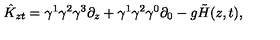
\hat { K } _ { z t } = \gamma ^ { 1 } \gamma ^ { 2 } \gamma ^ { 3 } \partial _ { z } + \gamma ^ { 1 } \gamma ^ { 2 } \gamma ^ { 0 } \partial _ { 0 } - g \tilde { H } ( z , t ) ,